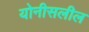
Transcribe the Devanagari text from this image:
योनीसलील